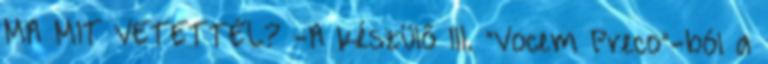
MA MIT VETETTÉL? -A készülő III. ”Vocem Preco”-ból a